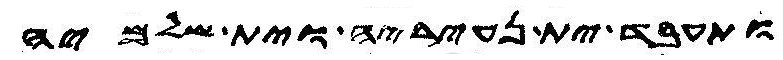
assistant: ותעבד ית נעיריה וית שלמיה